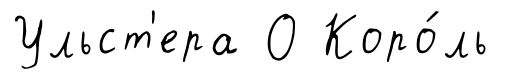
Ульст'ера О Коро́ль